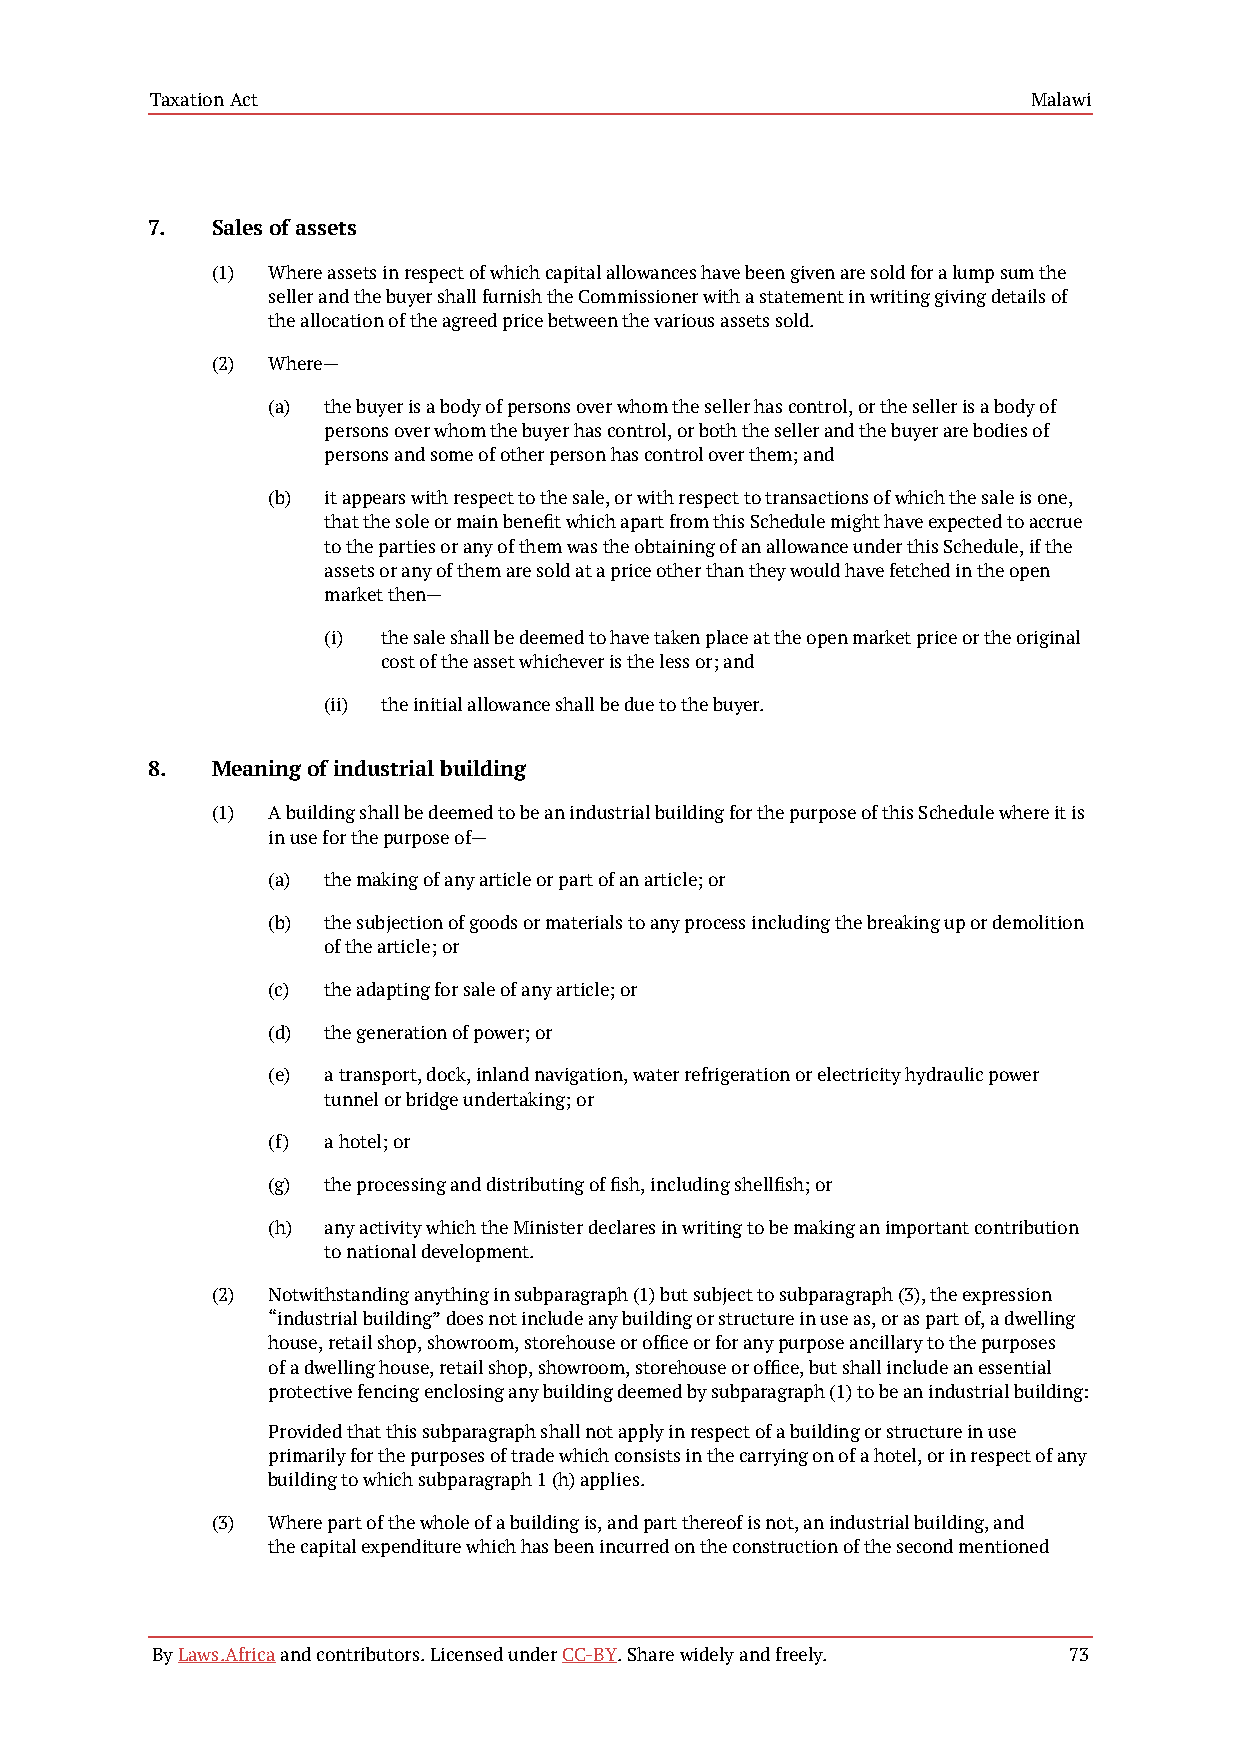
Taxation Act                                              Malawi
 7.  Sales of assets
 (1) Where assets in respect of which capital allowances have been given are sold for a lump sum the
 seller and the buyer shall furnish the Commissioner with a statement in writing giving details of
 the allocation of the agreed price between the various assets sold.
 (2) Where—
 (a) the buyer is a body of persons over whom the seller has control, or the seller is a body of
 persons over whom the buyer has control, or both the seller and the buyer are bodies of
 persons and some of other person has control over them; and
 (b) it appears with respect to the sale, or with respect to transactions of which the sale is one,
 that the sole or main benefit which apart from this Schedule might have expected to accrue
 to the parties or any of them was the obtaining of an allowance under this Schedule, if the
 assets or any of them are sold at a price other than they would have fetched in the open
 market then—
 (i) the sale shall be deemed to have taken place at the open market price or the original
 cost of the asset whichever is the less or; and
 (ii) the initial allowance shall be due to the buyer.
 8.  Meaning of industrial building
 (1) A building shall be deemed to be an industrial building for the purpose of this Schedule where it is
 in use for the purpose of—
 (a) the making of any article or part of an article; or
 (b) the subjection of goods or materials to any process including the breaking up or demolition
 of the article; or
 (c) the adapting for sale of any article; or
 (d) the generation of power; or
 (e) a transport, dock, inland navigation, water refrigeration or electricity hydraulic power
 tunnel or bridge undertaking; or
 (f) a hotel; or
 (g) the processing and distributing of fish, including shellfish; or
 (h) any activity which the Minister declares in writing to be making an important contribution
 to national development.
 (2) Notwithstanding anything in subparagraph (1) but subject to subparagraph (3), the expression
 “industrial building” does not include any building or structure in use as, or as part of, a dwelling
 house, retail shop, showroom, storehouse or office or for any purpose ancillary to the purposes
 of a dwelling house, retail shop, showroom, storehouse or office, but shall include an essential
 protective fencing enclosing any building deemed by subparagraph (1) to be an industrial building:
 Provided that this subparagraph shall not apply in respect of a building or structure in use
 primarily for the purposes of trade which consists in the carrying on of a hotel, or in respect of any
 building to which subparagraph 1 (h) applies.
 (3) Where part of the whole of a building is, and part thereof is not, an industrial building, and
 the capital expenditure which has been incurred on the construction of the second mentioned
 By Laws.Africa and contributors. Licensed under CC-BY. Share widely and freely. 73